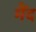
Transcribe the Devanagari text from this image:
मैंद